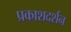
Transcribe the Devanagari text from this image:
प्रकाशदर्शन